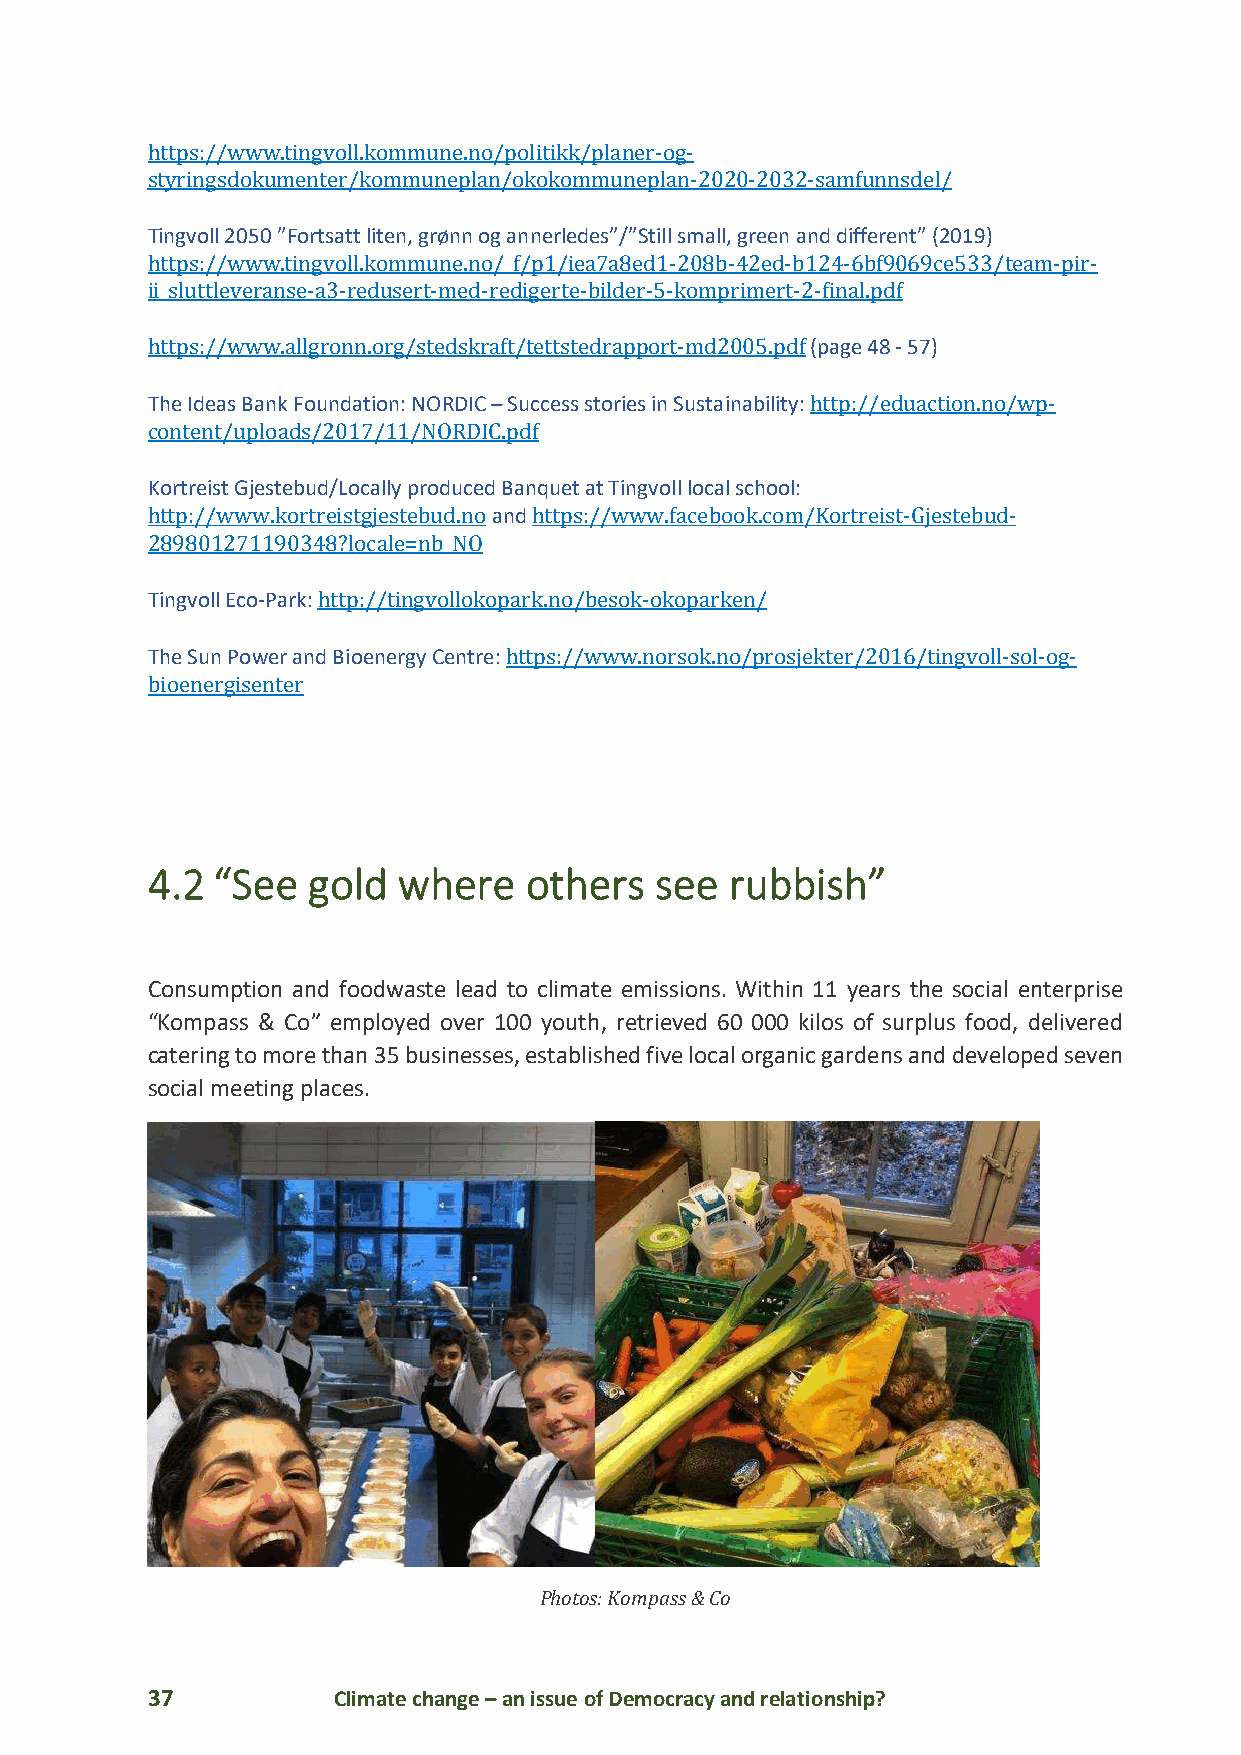
https://www.tingvoll.kommune.no/politikk/planer-og-
 styringsdokumenter/kommuneplan/okokommuneplan-2020-2032-samfunnsdel/
 Tingvoll 2050 ”Fortsatt liten, grønn og annerledes”/”Still small, green and different” (2019)
 https://www.tingvoll.kommune.no/_f/p1/iea7a8ed1-208b-42ed-b124-6bf9069ce533/team-pir-
 ii_sluttleveranse-a3-redusert-med-redigerte-bilder-5-komprimert-2-final.pdf
 https://www.allgronn.org/stedskraft/tettstedrapport-md2005.pdf (page 48 - 57)
 The Ideas Bank Foundation: NORDIC – Success stories in Sustainability: http://eduaction.no/wp-
 content/uploads/2017/11/NORDIC.pdf
 Kortreist Gjestebud/Locally produced Banquet at Tingvoll local school:
 http://www.kortreistgjestebud.no and https://www.facebook.com/Kortreist-Gjestebud-
 289801271190348?locale=nb_NO
 Tingvoll Eco-Park: http://tingvollokopark.no/besok-okoparken/
 The Sun Power and Bioenergy Centre: https://www.norsok.no/prosjekter/2016/tingvoll-sol-og-
 bioenergisenter
 4.2 “See  gold  where    others  see  rubbish”
 Consumption and foodwaste lead to climate emissions. Within 11 years the social enterprise
 “Kompass & Co” employed over 100 youth, retrieved 60 000 kilos of surplus food, delivered
 catering to more than 35 businesses, established five local organic gardens and developed seven
 social meeting places.
 Photos: Kompass & Co
 37          Climate change – an issue of Democracy and relationship?